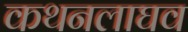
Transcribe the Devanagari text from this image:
कथनलाघव